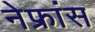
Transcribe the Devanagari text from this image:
नेफ्रांस